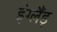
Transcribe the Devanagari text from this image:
इंग्लैंड़